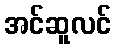
အင်ဆူလင်